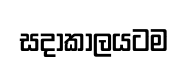
සදාකාලයටම